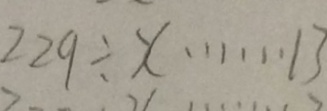
2 2 9 \div x \cdots 1 3